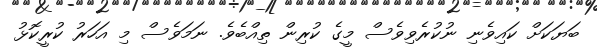
ބަޔަކަށް ކައިވެނި ނުކުރެވިވެސް މީގެ ކުރިން ތިއްބެވެ. ނަމަވެސް މި އަހަރު ކުރީކޮޅު